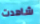
شاهدت